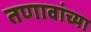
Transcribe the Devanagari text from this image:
तणावांच्या